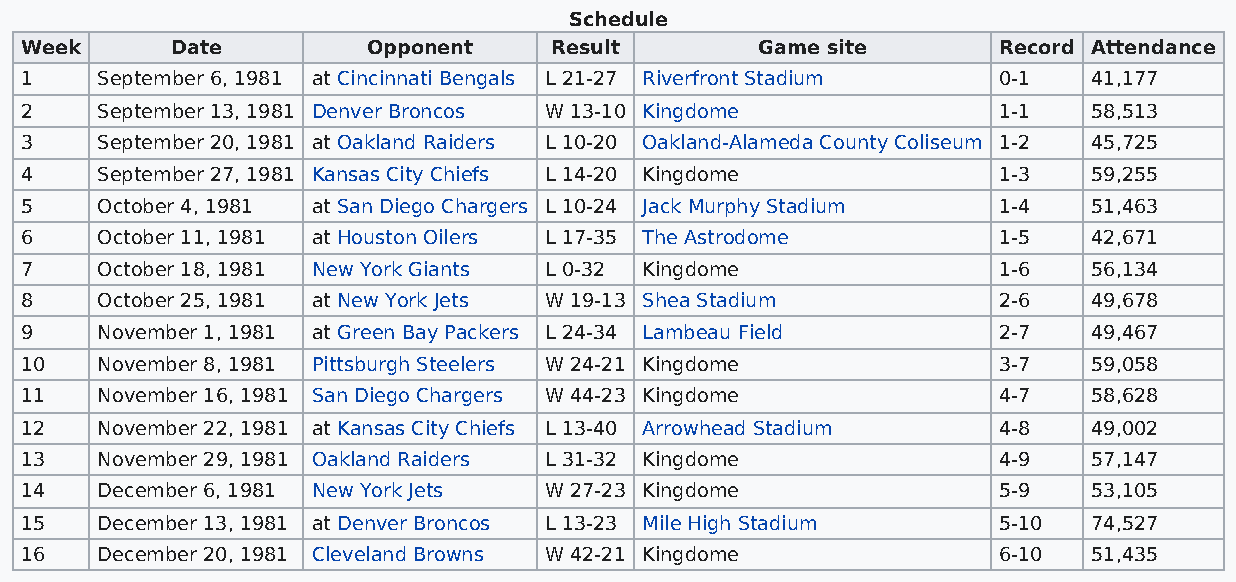
Schedule
 Week      Date         Opponent    Result        Game site       Record Attendance
 1    September 6, 1981 at Cincinnati Bengals L 21-27 Riverfront Stadium 0-1 41,177
 2    September 13, 1981 Denver Broncos W 13-10 Kingdome          1-1   58,513
 3    September 20, 1981 at Oakland Raiders L 10-20 Oakland-Alameda County Coliseum 1-2 45,725
 4    September 27, 1981 Kansas City Chiefs L 14-20 Kingdome      1-3   59,255
 5    October 4, 1981 at San Diego Chargers L 10-24 Jack Murphy Stadium 1-4 51,463
 6    October 11, 1981 at Houston Oilers L 17-35 The Astrodome    1-5   42,671
 7    October 18, 1981 New York Giants L 0-32 Kingdome            1-6   56,134
 8    October 25, 1981 at New York Jets W 19-13 Shea Stadium      2-6   49,678
 9    November 1, 1981 at Green Bay Packers L 24-34 Lambeau Field 2-7   49,467
 10   November 8, 1981 Pittsburgh Steelers W 24-21 Kingdome       3-7   59,058
 11   November 16, 1981 San Diego Chargers W 44-23 Kingdome       4-7   58,628
 12   November 22, 1981 at Kansas City Chiefs L 13-40 Arrowhead Stadium 4-8 49,002
 13   November 29, 1981 Oakland Raiders L 31-32 Kingdome          4-9   57,147
 14   December 6, 1981 New York Jets W 27-23 Kingdome             5-9   53,105
 15   December 13, 1981 at Denver Broncos L 13-23 Mile High Stadium 5-10 74,527
 16   December 20, 1981 Cleveland Browns W 42-21 Kingdome         6-10  51,435